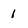
Character: 1